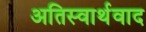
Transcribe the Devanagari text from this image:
अतिस्वार्थवाद